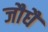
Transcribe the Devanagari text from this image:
जौधै